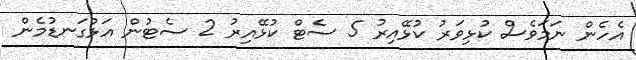
އެހެން ނަމަވެސް ކުޅިވަރު ކުޅޭއިރު 5 ސެޓް ކުޅޭއިރު 2 ސެޓުން އަޅުގަނޑުމެން